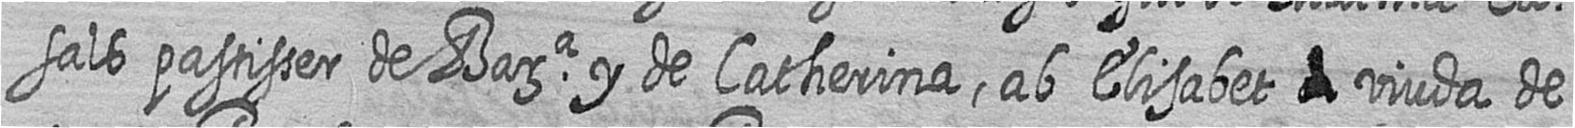
sals pastisser de Bara y de Catherina ab Elisabeth # viuda de